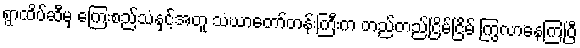
ရွာထိပ်ဆီမှ ကြေးစည်သံနှင့်အတူ သံဃာတော်တန်းကြီးက တည်တည်ငြိမ်ငြိမ် ကြွလာနေကြပြီ